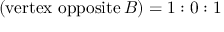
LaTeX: \ \left( { \mathrm { v e r t e x ~ o p p o s i t e } } \, B \right) = 1 : 0 : 1